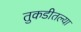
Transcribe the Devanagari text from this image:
तुकडीतल्या